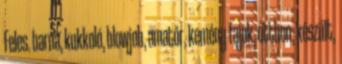
Feles. barna, kukkoló, blowjob, amatőr, kemény fajok, otthon, készült,